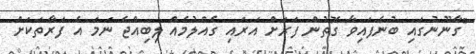
"ގާނޫނުގައި ބުނެފައިވާ ގޮތުން ފަރަށް އަރައި ގެއްލުމެއް ލިބިއްޖެ ނަމަ އެ ފަރާތަކަށް